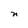
Character: n